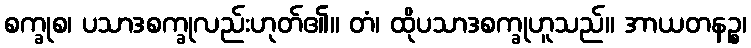
စက္ခုစ၊ ပသာဒစက္ခုလည်းဟုတ်၏။ တံ၊ ထိုပသာဒစက္ခုဟူသည်။ အာယတနဉ္စ၊